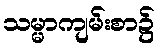
သမ္မာကျမ်းစာ၌